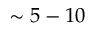
\sim 5 - 1 0